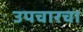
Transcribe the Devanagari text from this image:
उपचारचा